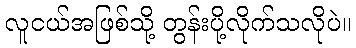
လူငယ်အဖြစ်သို့ တွန်းပို့လိုက်သလိုပဲ။